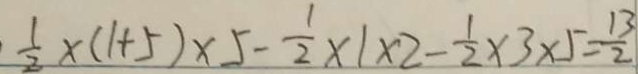
\frac { 1 } { 2 } \times ( 1 + 5 ) \times 5 - \frac { 1 } { 2 } \times 1 \times 2 - \frac { 1 } { 2 } \times 3 \times 5 = \frac { 1 3 } { 2 }